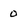
Character: 0